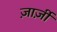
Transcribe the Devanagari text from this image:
ज़ार्ज़ी